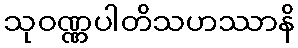
သုဝဏ္ဏပါတိသဟဿာနိ